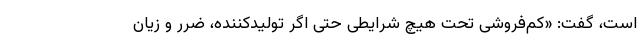
است، گفت: «کم‌فروشی تحت هیچ شرایطی حتی اگر تولیدکننده، ضرر و زیان